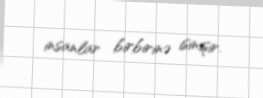
insanlar birbirinə isinişir.